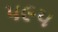
૫૯૫